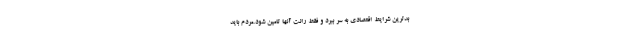
بدترین شرایط اقتصادی به سر ببرد و فقط رانت آنها تامین شود.مردم باید